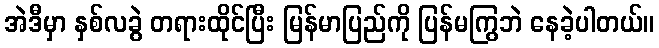
အဲဒီမှာ နှစ်လခွဲ တရားထိုင်ပြီး မြန်မာပြည်ကို ပြန်မကြွဘဲ နေခဲ့ပါတယ်။